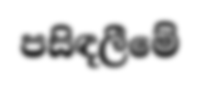
පසිඳලීමේ